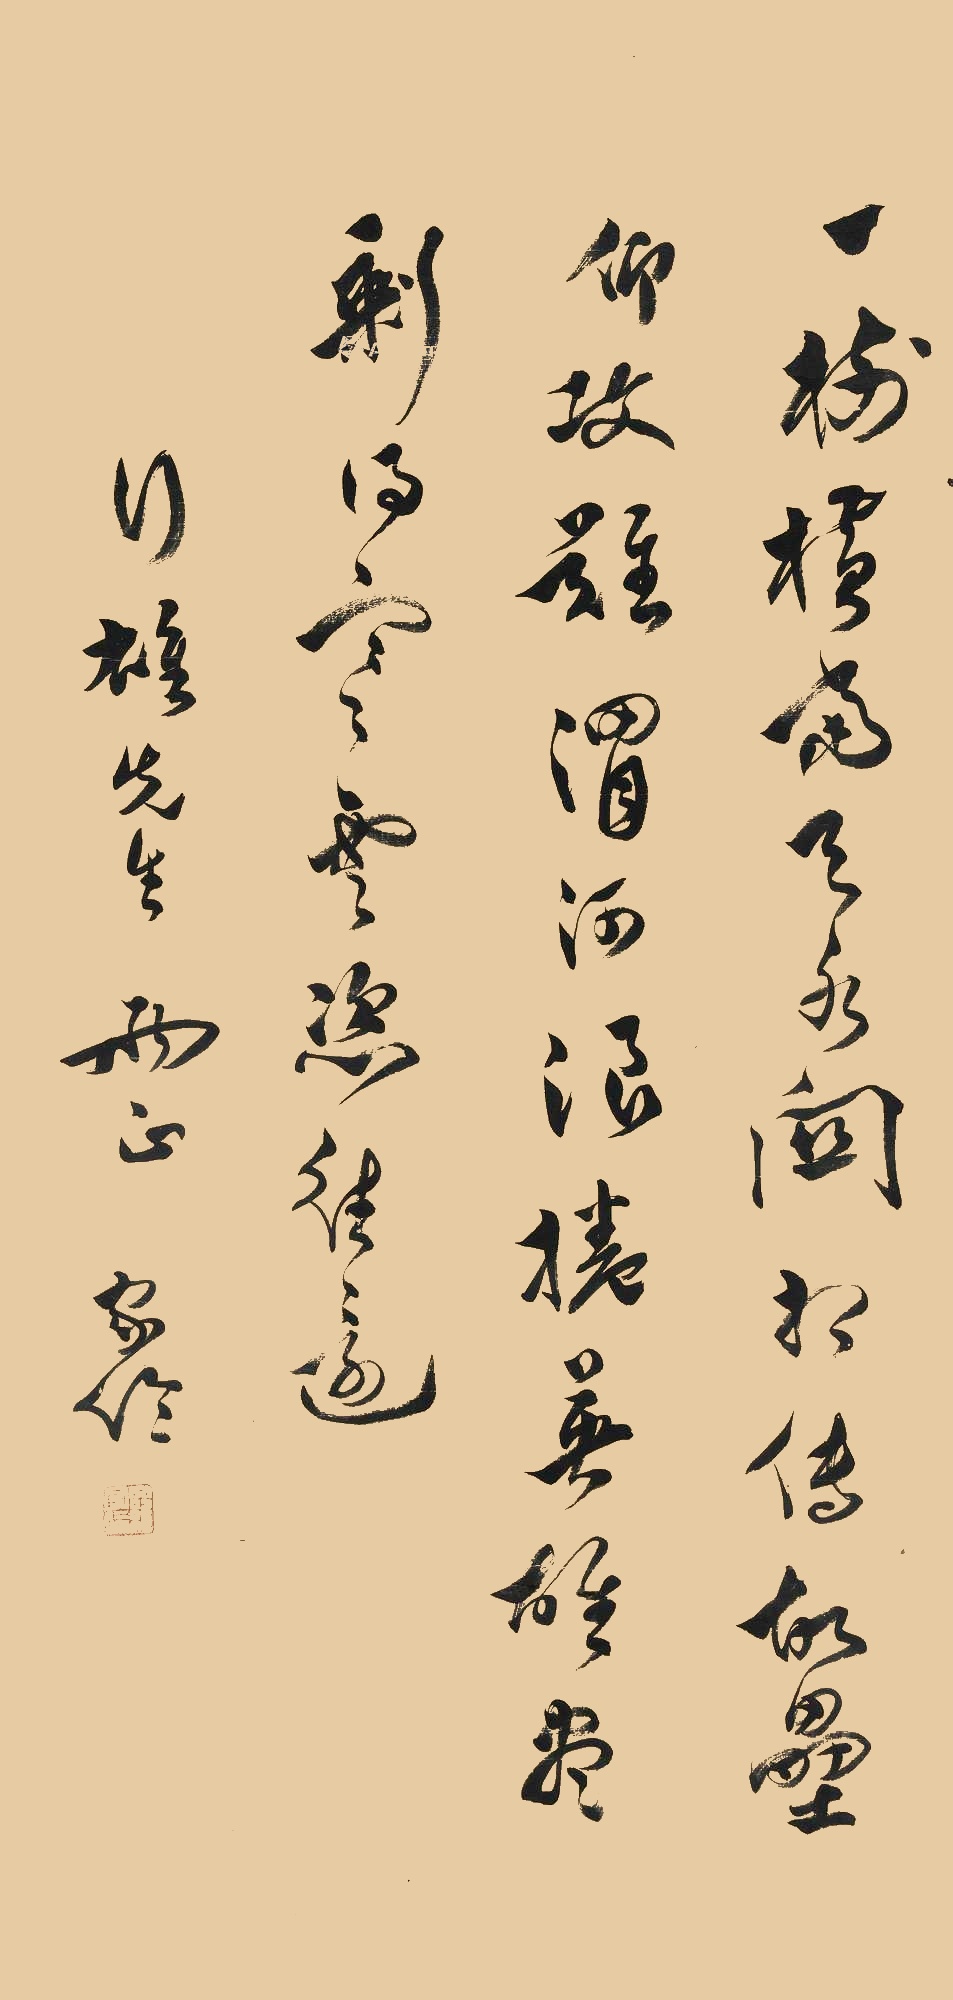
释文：一树横当天水关，相传故垒仰攻难。渭河浪卷英雄尽，剩得寒云恣往还。行雄先生两正，家伦。